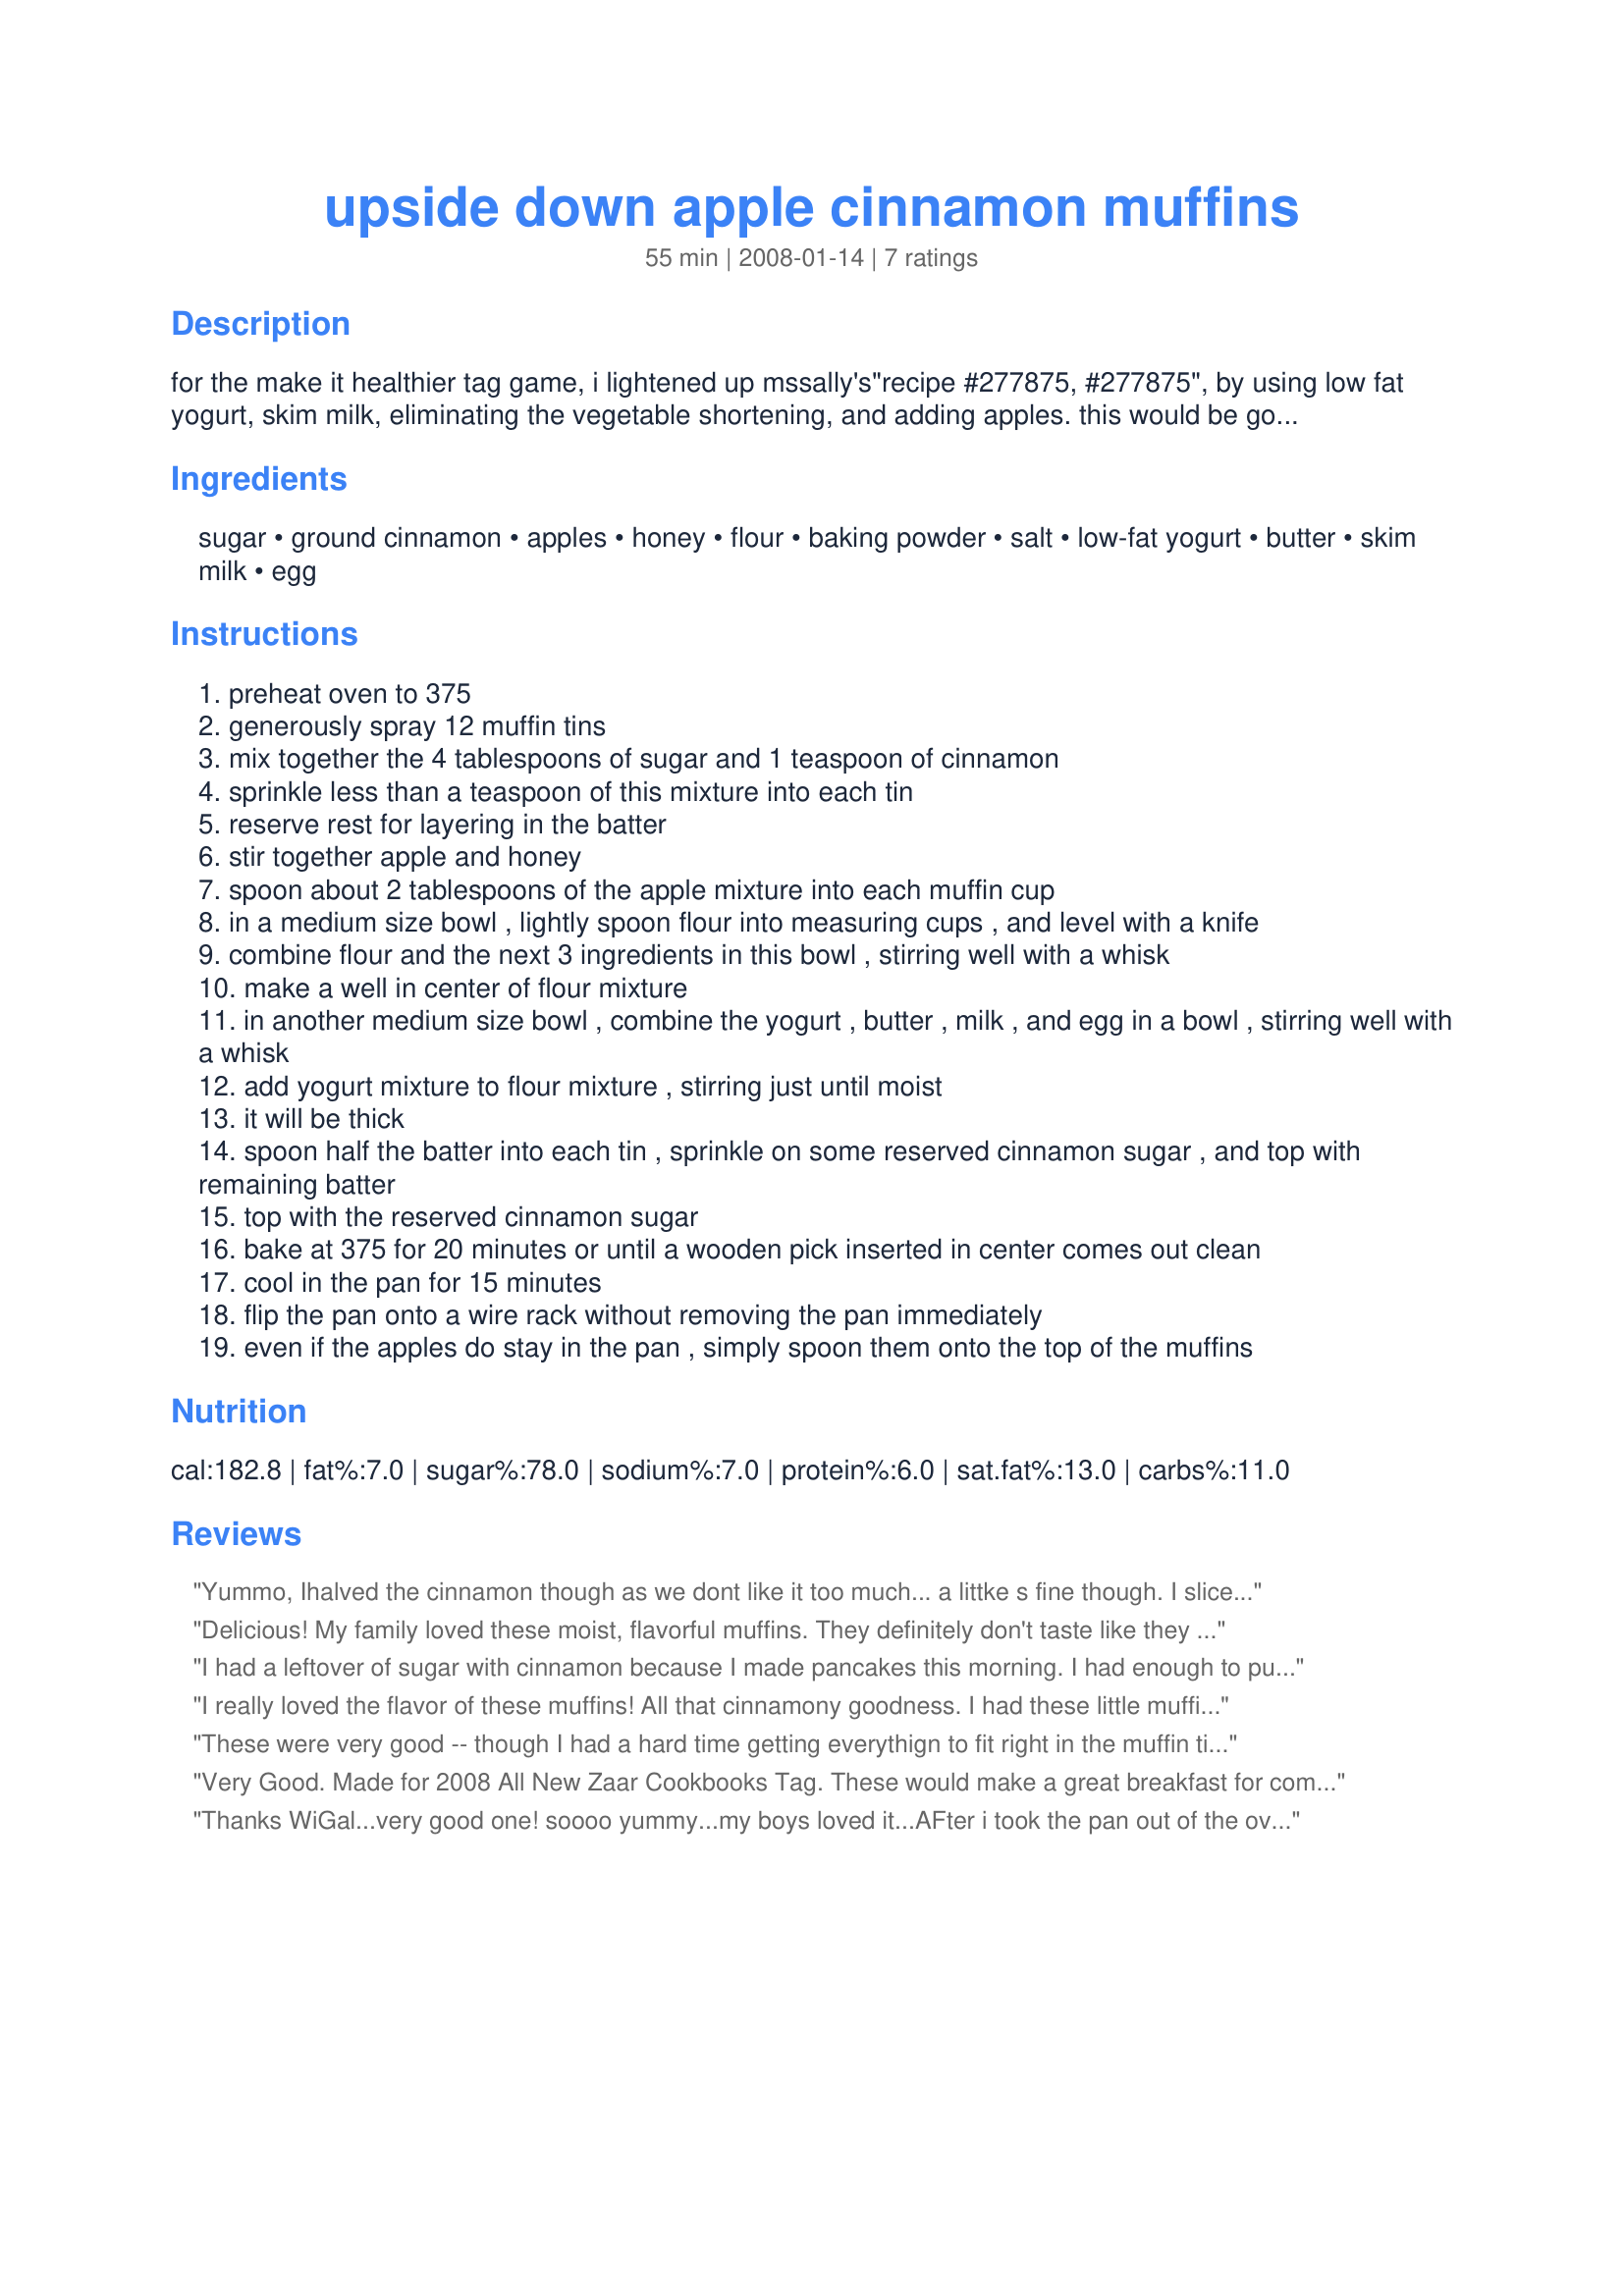
upside down apple cinnamon muffins
Preparation time: 55 minutes

for the make it healthier tag game, i lightened up mssally's"recipe #277875, #277875", by using low fat yogurt, skim milk, eliminating the vegetable shortening, and adding apples. this would be good with peaches or apricots, too.

Ingredients:
sugar, ground cinnamon, apples, honey, flour, baking powder, salt, low-fat yogurt, butter, skim milk, egg

Steps:
preheat oven to 375
generously spray 12 muffin tins
mix together the 4 tablespoons of sugar and 1 teaspoon of cinnamon
sprinkle less than a teaspoon of this mixture into each tin
reserve rest for layering in the batter
stir together apple and honey
spoon about 2 tablespoons of the apple mixture into each muffin cup
in a medium size bowl , lightly spoon flour into measuring cups , and level with a knife
combine flour and the next 3 ingredients in this bowl , stirring well with a whisk
make a well in center of flour mixture
in another medium size bowl , combine the yogurt , butter , milk , and egg in a bowl , stirring well with a whisk
add yogurt mixture to flour mixture , stirring just until moist
it will be thick
spoon half the batter into each tin , sprinkle on some reserved cinnamon sugar , and top with remaining batter
top with the reserved cinnamon sugar
bake at 375 for 20 minutes or until a wooden pick inserted in center comes out clean
cool in the pan for 15 minutes
flip the pan onto a wire rack without removing the pan immediately
even if the apples do stay in the pan , simply spoon them onto the top of the muffins

Reviews:
Yummo, Ihalved the cinnamon though as we dont like it too much... a littke s fine though. I sliced the apples so they looked extra pretty, and finely diced the left over apple apple and added it to the second half of the muffin mixture. They turned out great :)
Delicious! My family loved these moist, flavorful muffins. They definitely don't taste like they are lower in fat. I used fat-free plain yogurt and Braeburn apples with delicious results. One thing that I did notice was that the apples tended to stay in the muffin tins when the muffins were removed. I found that allowing the muffins to cool in the pan for the stated 15 mins. and then flipping the pan onto a wire rack WITHOUT removing the pan immediately, gave the apples time to settle out of the pan and onto the muffins. Even if the apples do stay in the pan, simply spoon them onto the top of the muffins. Thank you for sharing this delicious, lite muffin recipe...it is definitely a keeper!
I had a leftover of sugar with cinnamon because I made pancakes this morning. I had enough to put less than a teaspoon in each muffin tin. I didn't want to put more sugar cinnamon in the middle of the muffins. I added milk to make the dough less thick. I didn't have yogurt so I used no-fat sour cream. I used vegetable oil instead of butter. They cooked 20 minutes and they were perfect. They're so moist. And with a great taste. Thanks WiGal. Made for Holiday tag.
I really loved the flavor of these muffins! All that cinnamony goodness. I had these little muffins in the oven already when I noticed an egg sitting on the counter....oops...I never added the egg. No wonder the batter was quite thick. These still baked up nicely without the egg, just maybe a little more dense, so it worked for me. I will be making these again... with the egg next time. :)
These were very good -- though I had a hard time getting everythign to fit right in the muffin tins!! Taste was very good though! Will make again, possibly playing with the way I use the apples...
Very Good. Made for 2008 All New Zaar Cookbooks Tag. These would make a great breakfast for company. Thanks WiGal for a great recipe.
Thanks WiGal...very good one! soooo yummy...my boys loved it...AFter i took the pan out of the oven i just flipped it over and left it that way for 10 minutes or so .And then I took the pan out .The muffin came out easy no problem...
